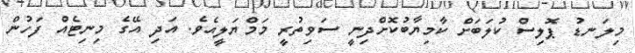
މިލަނޑު ޕޮލިސް ކުލަބަށް ކާމިޔާބުކޮށްދިނީ ސަވިތުރީ މަމްޔަލީއެވެ. އަދި އޭގެ މިނިޓެއް ފަހުން